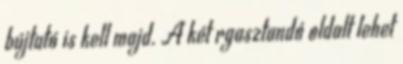
bújtató is kell majd. A két rgasztandó oldalt lehet